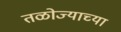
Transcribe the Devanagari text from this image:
तळोज्याच्या